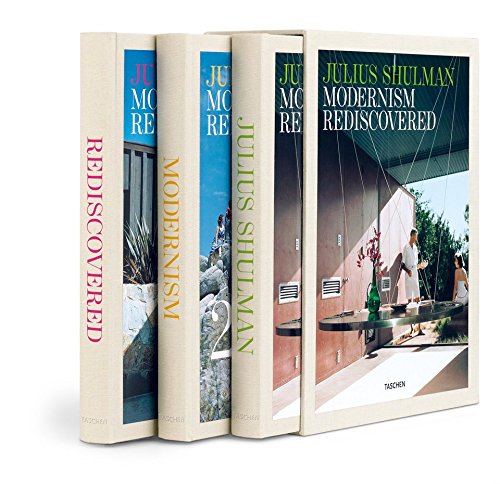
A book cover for Julius Shulman: Modernism Rediscovered, 3 Vol.; Julius Shulman; Arts & Photography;